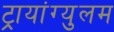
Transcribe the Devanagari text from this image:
ट्रायांग्युलम